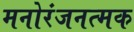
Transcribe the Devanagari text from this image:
मनोरंजनत्मक